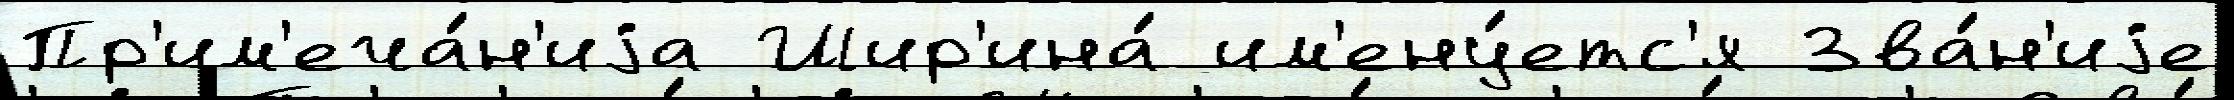
Пр'им'еча́н'иjа Шир'ина́ им'ену́етс'я Зва́н'иjе